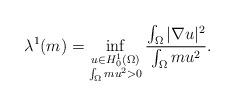
LaTeX: \begin{align*}\lambda^1(m) = \inf_{\substack{u \in H^1_0(\Omega) \\ \int_{\Omega}m u^2 > 0}} \frac{\int_{\Omega}|\nabla u|^2}{\int_{\Omega}m u^2}.\end{align*}